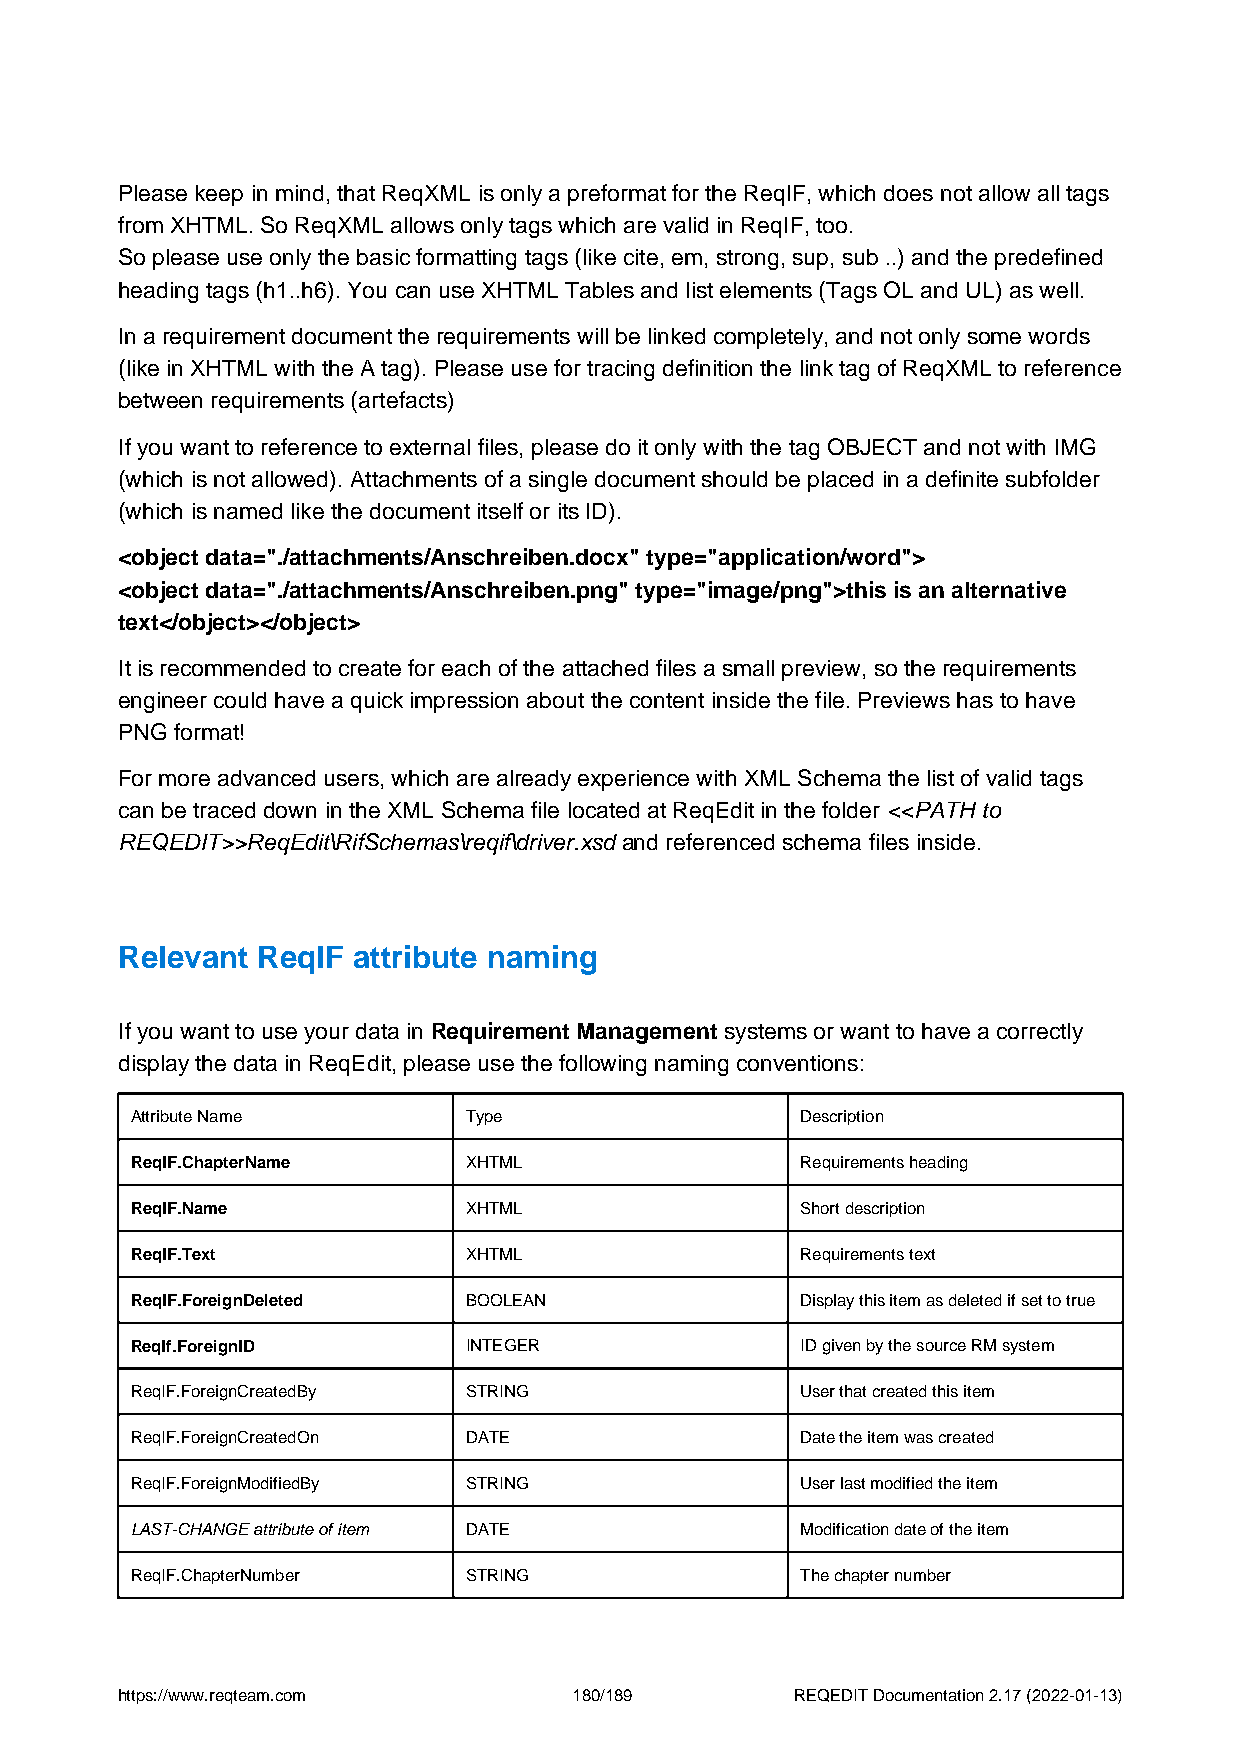
Please keep in mind, that ReqXML is only a preformat for the ReqIF, which does not allow all tags
 from XHTML. So ReqXML allows only tags which are valid in ReqIF, too.
 So please use only the basic formatting tags (like cite, em, strong, sup, sub ..) and the predefined
 heading tags (h1..h6). You can use XHTML Tables and list elements (Tags OL and UL) as well.
 In a requirement document the requirements will be linked completely, and not only some words
 (like in XHTML with the A tag). Please use for tracing definition the link tag of ReqXML to reference
 between requirements (artefacts)
 If you want to reference to external files, please do it only with the tag OBJECT and not with IMG
 (which is not allowed). Attachments of a single document should be placed in a definite subfolder
 (which is named like the document itself or its ID).
 <object data="./attachments/Anschreiben.docx" type="application/word">
 <object data="./attachments/Anschreiben.png" type="image/png">this is an alternative
 text</object></object>
 It is recommended to create for each of the attached files a small preview, so the requirements
 engineer could have a quick impression about the content inside the file. Previews has to have
 PNG format!
 For more advanced users, which are already experience with XML Schema the list of valid tags
 can be traced down in the XML Schema file located at ReqEdit in the folder <<PATH to
 REQEDIT>>ReqEdit\RifSchemas\reqif\driver.xsd and referenced schema files inside.
 Relevant ReqIF attribute naming
 If you want to use your data in Requirement Management systems or want to have a correctly
 display the data in ReqEdit, please use the following naming conventions:
 Attribute Name        Type                  Description
 ReqIF.ChapterName     XHTML                 Requirements heading
 ReqIF.Name            XHTML                 Short description
 ReqIF.Text            XHTML                 Requirements text
 ReqIF.ForeignDeleted  BOOLEAN               Display this item as deleted if set to true
 ReqIf.ForeignID       INTEGER               ID given by the source RM system
 ReqIF.ForeignCreatedBy STRING               User that created this item
 ReqIF.ForeignCreatedOn DATE                 Date the item was created
 ReqIF.ForeignModifiedBy STRING              User last modified the item
 LAST-CHANGE attribute of item DATE          Modification date of the item
 ReqIF.ChapterNumber   STRING                The chapter number
 https://www.reqteam.com       180/189        REQEDIT Documentation 2.17 (2022-01-13)